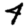
Digit: 4